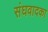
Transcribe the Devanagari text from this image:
संघवादका